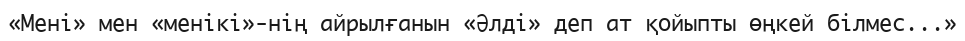
«Мені» мен «менікі»-нің айрылғанын «Әлді» деп ат қойыпты өңкей білмес...»